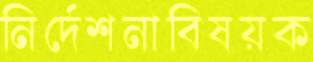
নির্দেশনাবিষয়ক